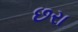
છરા